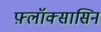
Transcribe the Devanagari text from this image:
फ़्लॉक्सासिन